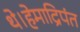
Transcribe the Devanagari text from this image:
थे।हेमाद्रिपंत